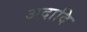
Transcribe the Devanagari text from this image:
अदादि